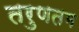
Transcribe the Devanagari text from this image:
तरुणतम